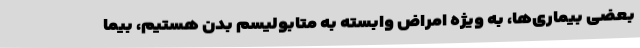
بعضی بیماری‌ها، به ویژه امراض وابسته به متابولیسم بدن هستیم، بیما